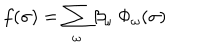
f ( \sigma ) = \sum _ { \omega } \beta _ { \omega } \: \Phi _ { \omega } ( \sigma )